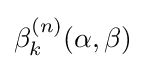
\beta _{k}^{(n)}(\alpha ,\beta )